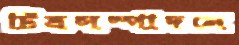
চিত্রসম্পাদনে